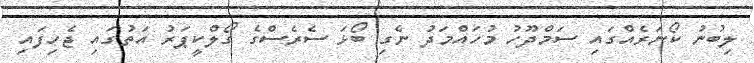
ލިބުނު ކޯނަރެއްގައި ސަމްދޫހު މުހައްމަދު ނެގި ބޯޅަ ސެރެސްގެ ގޯލްކީޕަރު އަތުގައި ޖެހިފައި